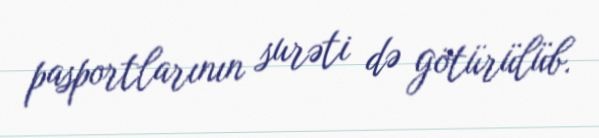
pasportlarının surəti də götürülüb.